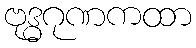
ဗုဒ္ဓဂုဏကထာ